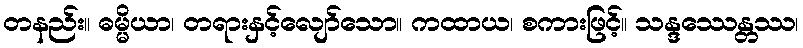
တနည်း။ ဓမ္မိယာ၊ တရားနှင့်လျော်သော။ ကထာယ၊ စကားဖြင့်။ သန္ဒဿေန္တဿ၊